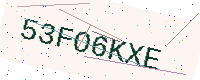
Text: 53FO6KXE